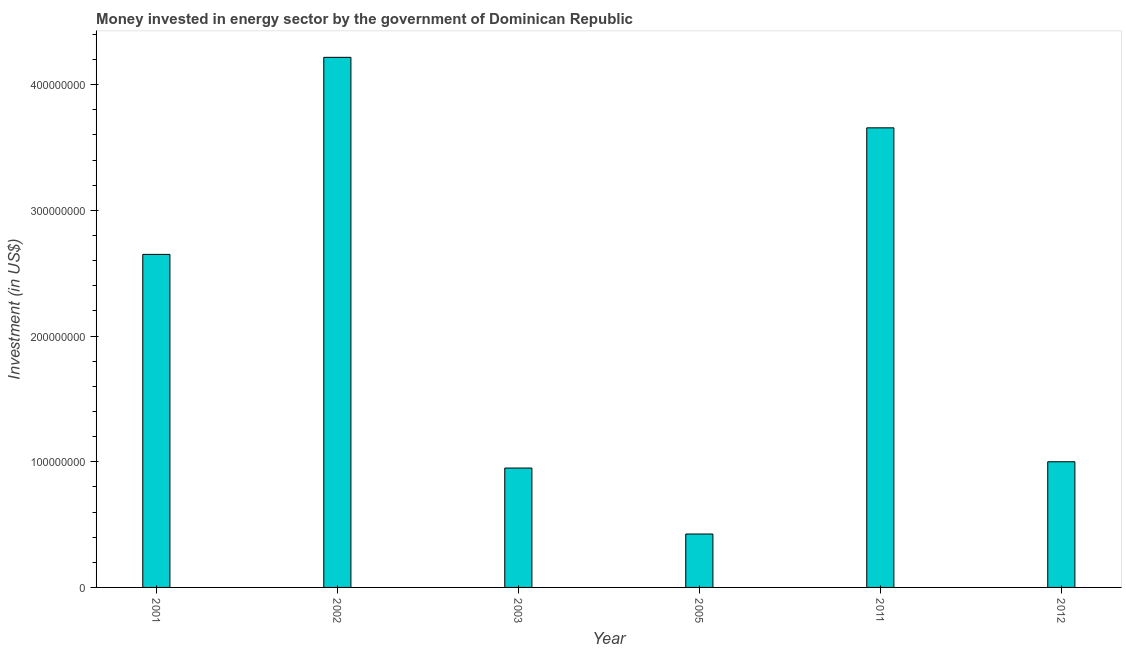
| Year | Investment in energy with private participation (current US$) |
 | --- | --- |
 | 2001 | 2.65e+08 |
 | 2002 | 4.22e+08 |
 | 2003 | 9.5e+07 |
 | 2005 | 4.25e+07 |
 | 2011 | 3.66e+08 |
 | 2012 | 1e+08 |